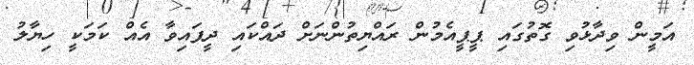
އަމީން ވިދާޅުވި ގޮތުގައި ޕީޕީއެމުން ރައްޔިތުންނަށް ދައްކައި ދީފައިވާ އެއް ކަމަކީ ހިޔާލު